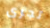
تجرى